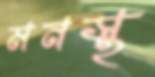
মনস্থ